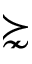
\succnsim